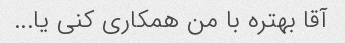
آقا بهتره با من همکاری کنی یا...